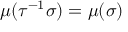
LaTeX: \mu ( \tau ^ { - 1 } \sigma ) = \mu ( \sigma )